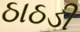
ઠાઠડી